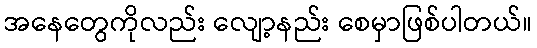
အနေတွေကိုလည်း လျော့နည်း စေမှာဖြစ်ပါတယ်။